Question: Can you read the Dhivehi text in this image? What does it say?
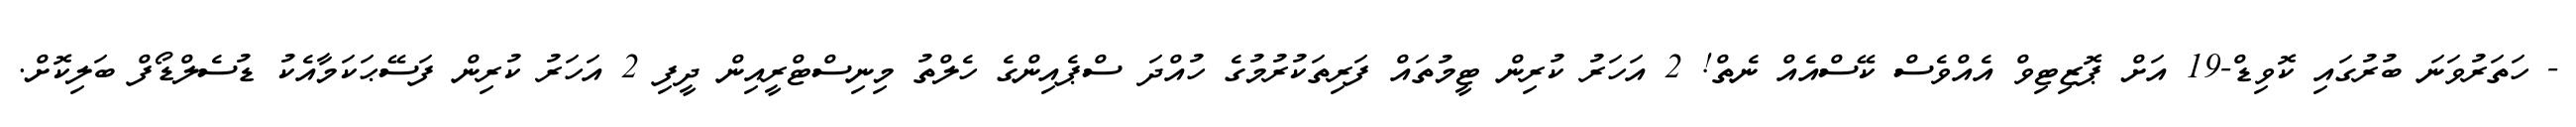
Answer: - ހަތަރުވަނަ ބުރުގައި ކޮވިޑް-19 އަށް ޕޮޒިޓިވް އެއްވެސް ކޭސްއެއް ނެތް! 2 އަހަރު ކުރިން ޓީމުތައް ފަރިތަކުރުމުގެ ހުއްދަ ސްޕެއިންގެ ހެލްތު މިނިސްޓްރީއިން ދީފި 2 އަހަރު ކުރިން ފަސޭޙަކަމާއެކު ޑުސެލްޑޯފް ބަލިކޮށް.